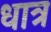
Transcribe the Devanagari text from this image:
धात्र